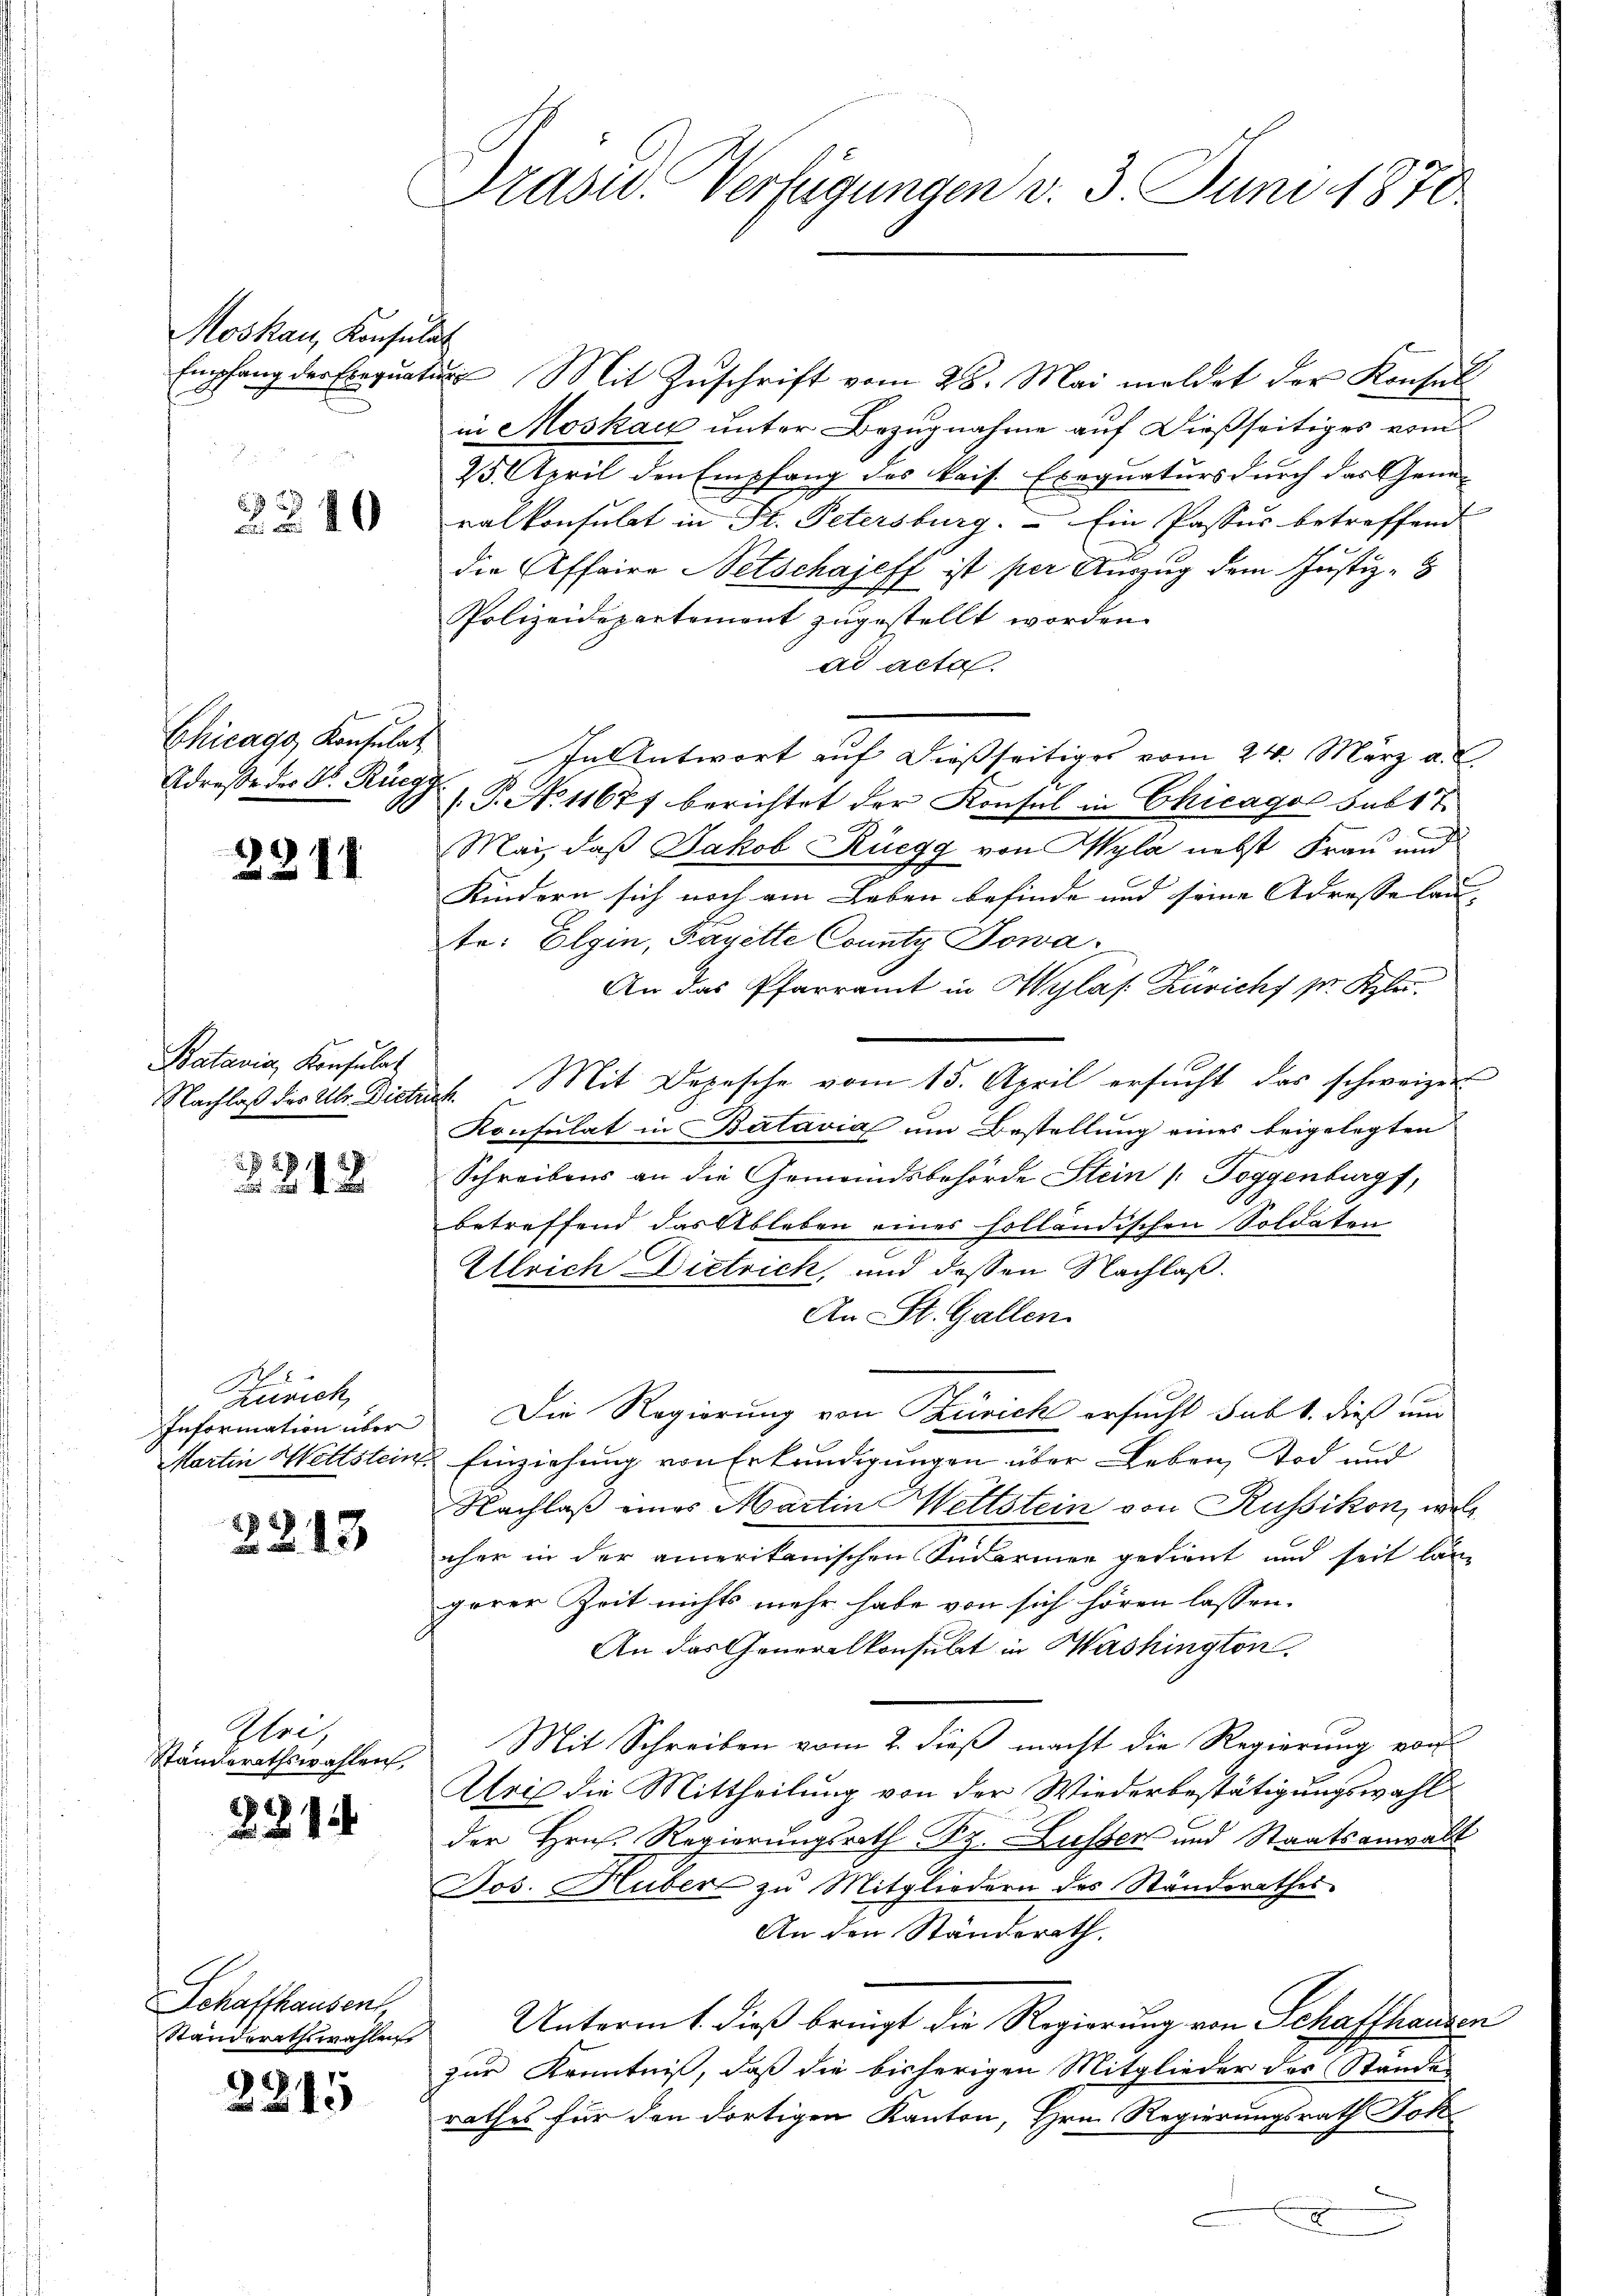
Moskau, Konsulat

2210

Chicago Konsulat
Adresse der Dr. Rüegg

2211

Batavia, Konsulat
Nachlaß des Ulr. Dieten

.
2248

Zürich
Information über
Martin Seltstein

2
213

Zlei,
Standerathswahlen,

221

1

Schaffhausen
Standerathswahlen

2215

Drasc. Verfügungen v. 3. Juni 1870

Empfang der Erequatur Mit Zuschrift vom 28. Mai meldet der Konsul
in Moskau unter Bezugnahme auf dießseitiges von
25. April den Empfang des kais. Exequaturs durch das Gene-
ralkonsulat in St. Petersburg. Ein Passur betreffend
die Affaire Netschajeff ist per Auszug dem Justiz-
Polizeidepartement zugestellt worden.
ad acta
In Antwort auf dießseitiges vom 24. März a.
J. P. N. 11677 berichtet der Konsul in Chicagol sub 17.
Mai, daß Jakob Rüegg von Wyla nebst Frau und
Kindern sich noch am Leben befinde und seine Adresselan- |
te: Elgin, Payette County Jowa
An das Pfarramt in Wylas. Zürichs pr Kzler.
2t. Mit Depesche vom 15. April ersucht das schweizer
Konsulat in Batavia um Bestellung eines beigelegten
Schreibens an die Gemeindsbehörde Stein /: Toggenburg,
betreffend das Ableben eines holländischen Soldaten
Ullrich Dietrich, und dessen Nachlaß.
An St. Gallen.
Die Regierung von Zürich ersucht sub 1. dieß und
& Einziehung von Erkundigungen über Leben, Tod und
Nachlaß eines Martin Mettstein von Russikon, wel
ohne in der amerikanischen Sudarmer gedient und seit lang
gerer Zeit nichts mehr habe von sich hören lassen.
An das Generalkonsubt in Washington
Mit Schreiben vom 2. dieß macht die Regierung vom
Aril die Mittheilung von der Wiederbestätigungswahl
der Hrn. Regierungsrath Rg. Lusser und Staatsanwalt
Jos. Huber zu Mitgliedern des Standerathes
An den Standerath.
Unterm 1. dieß bringt die Regierung von Schaffhausen
zur Kenntniß, daß die bisherigen Mitglieder des Stände
rathes für den dortigen Kanton, Hrn. Regierungsrath Jok